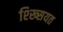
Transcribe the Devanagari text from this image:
श्ख्सियत